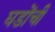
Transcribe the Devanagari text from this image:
घडोंची